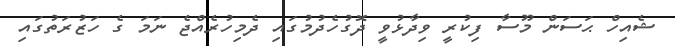
ޝެއިހް ޙަސަން މޫސާ ފިކުރީ ވިދާޅުވީ ދޮގުހެދުމުގައި ދެމިހުރެއްޖެ ނަމަ ގެ ހަޒުރަތުގައި